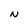
Character: N